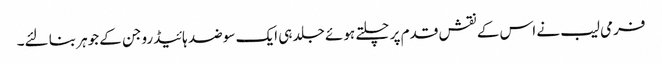
فرمی لیب نے اس کے نقش قدم پر چلتے ہوئے جلد ہی ایک سو ضد ہائیڈروجن کے جوہر بنا لئے۔